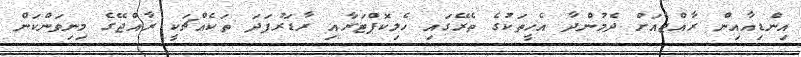
އިންޑިއާއިން ރާއްޖެއަށް ދެމުންދާ އެހީތަކުގެ ތެރޭގައި ހެލިކޮޕްޓަރާއި ރާޑަރުފަދަ ތަކެއްޗަކީ ރާއްޖޭގެ މިނިވަންކަން